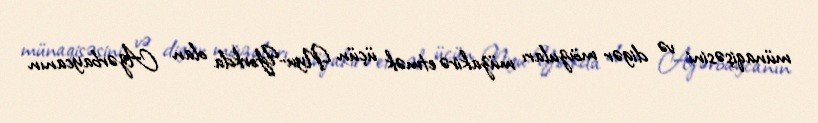
münaqişəsini və digər mövzuları müzakirə etmək üçün Nyu-Yorkda olan Azərbaycanın